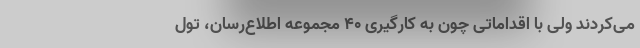
می‌کردند ولی با اقداماتی چون به کارگیری ۴۰ مجموعه اطلاع‌رسان، تول